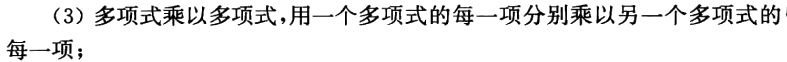
（3）多项式乘以多项式，用一个多项式的每一项分别乘以另一个多项式的每一项；